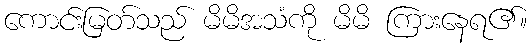
ကောင်းမြတ်သည် မိမိအသံကို မိမိ ကြားနေရ၏။